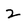
Character: 2